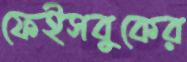
ফেইসবুকের